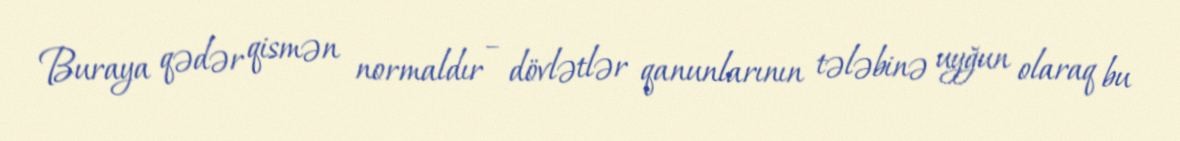
Buraya qədər qismən normaldır – dövlətlər qanunlarının tələbinə uyğun olaraq bu